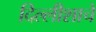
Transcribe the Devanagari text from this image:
दिल्लीशाचे